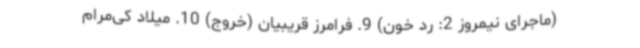
(ماجرای نیمروز 2: رد خون) 9. فرامرز قریبیان (خروج) 10. میلاد کی‌مرام